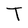
Character: T